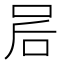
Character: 𫩲